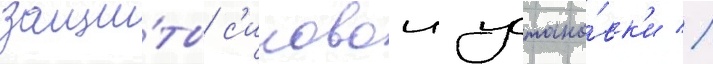
защи́ты с'иловои устано́вк'и //